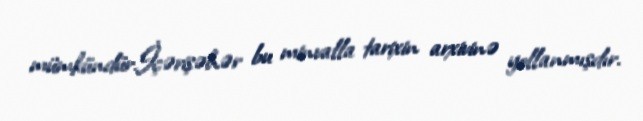
mümkündür.İçərişəhər bu minvalla tarixin arxivinə yollanmışdır.